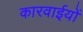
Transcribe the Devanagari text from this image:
कारवाईयों